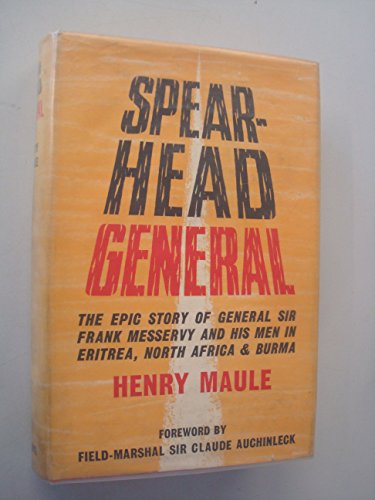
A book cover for Spearhead General: the epic story of General Sir Frank Messervy and his men in Eritrea, North Africa and Burma; Henry Maule; Travel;